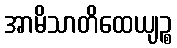
အာမိသာတိထေယျဉ္စ